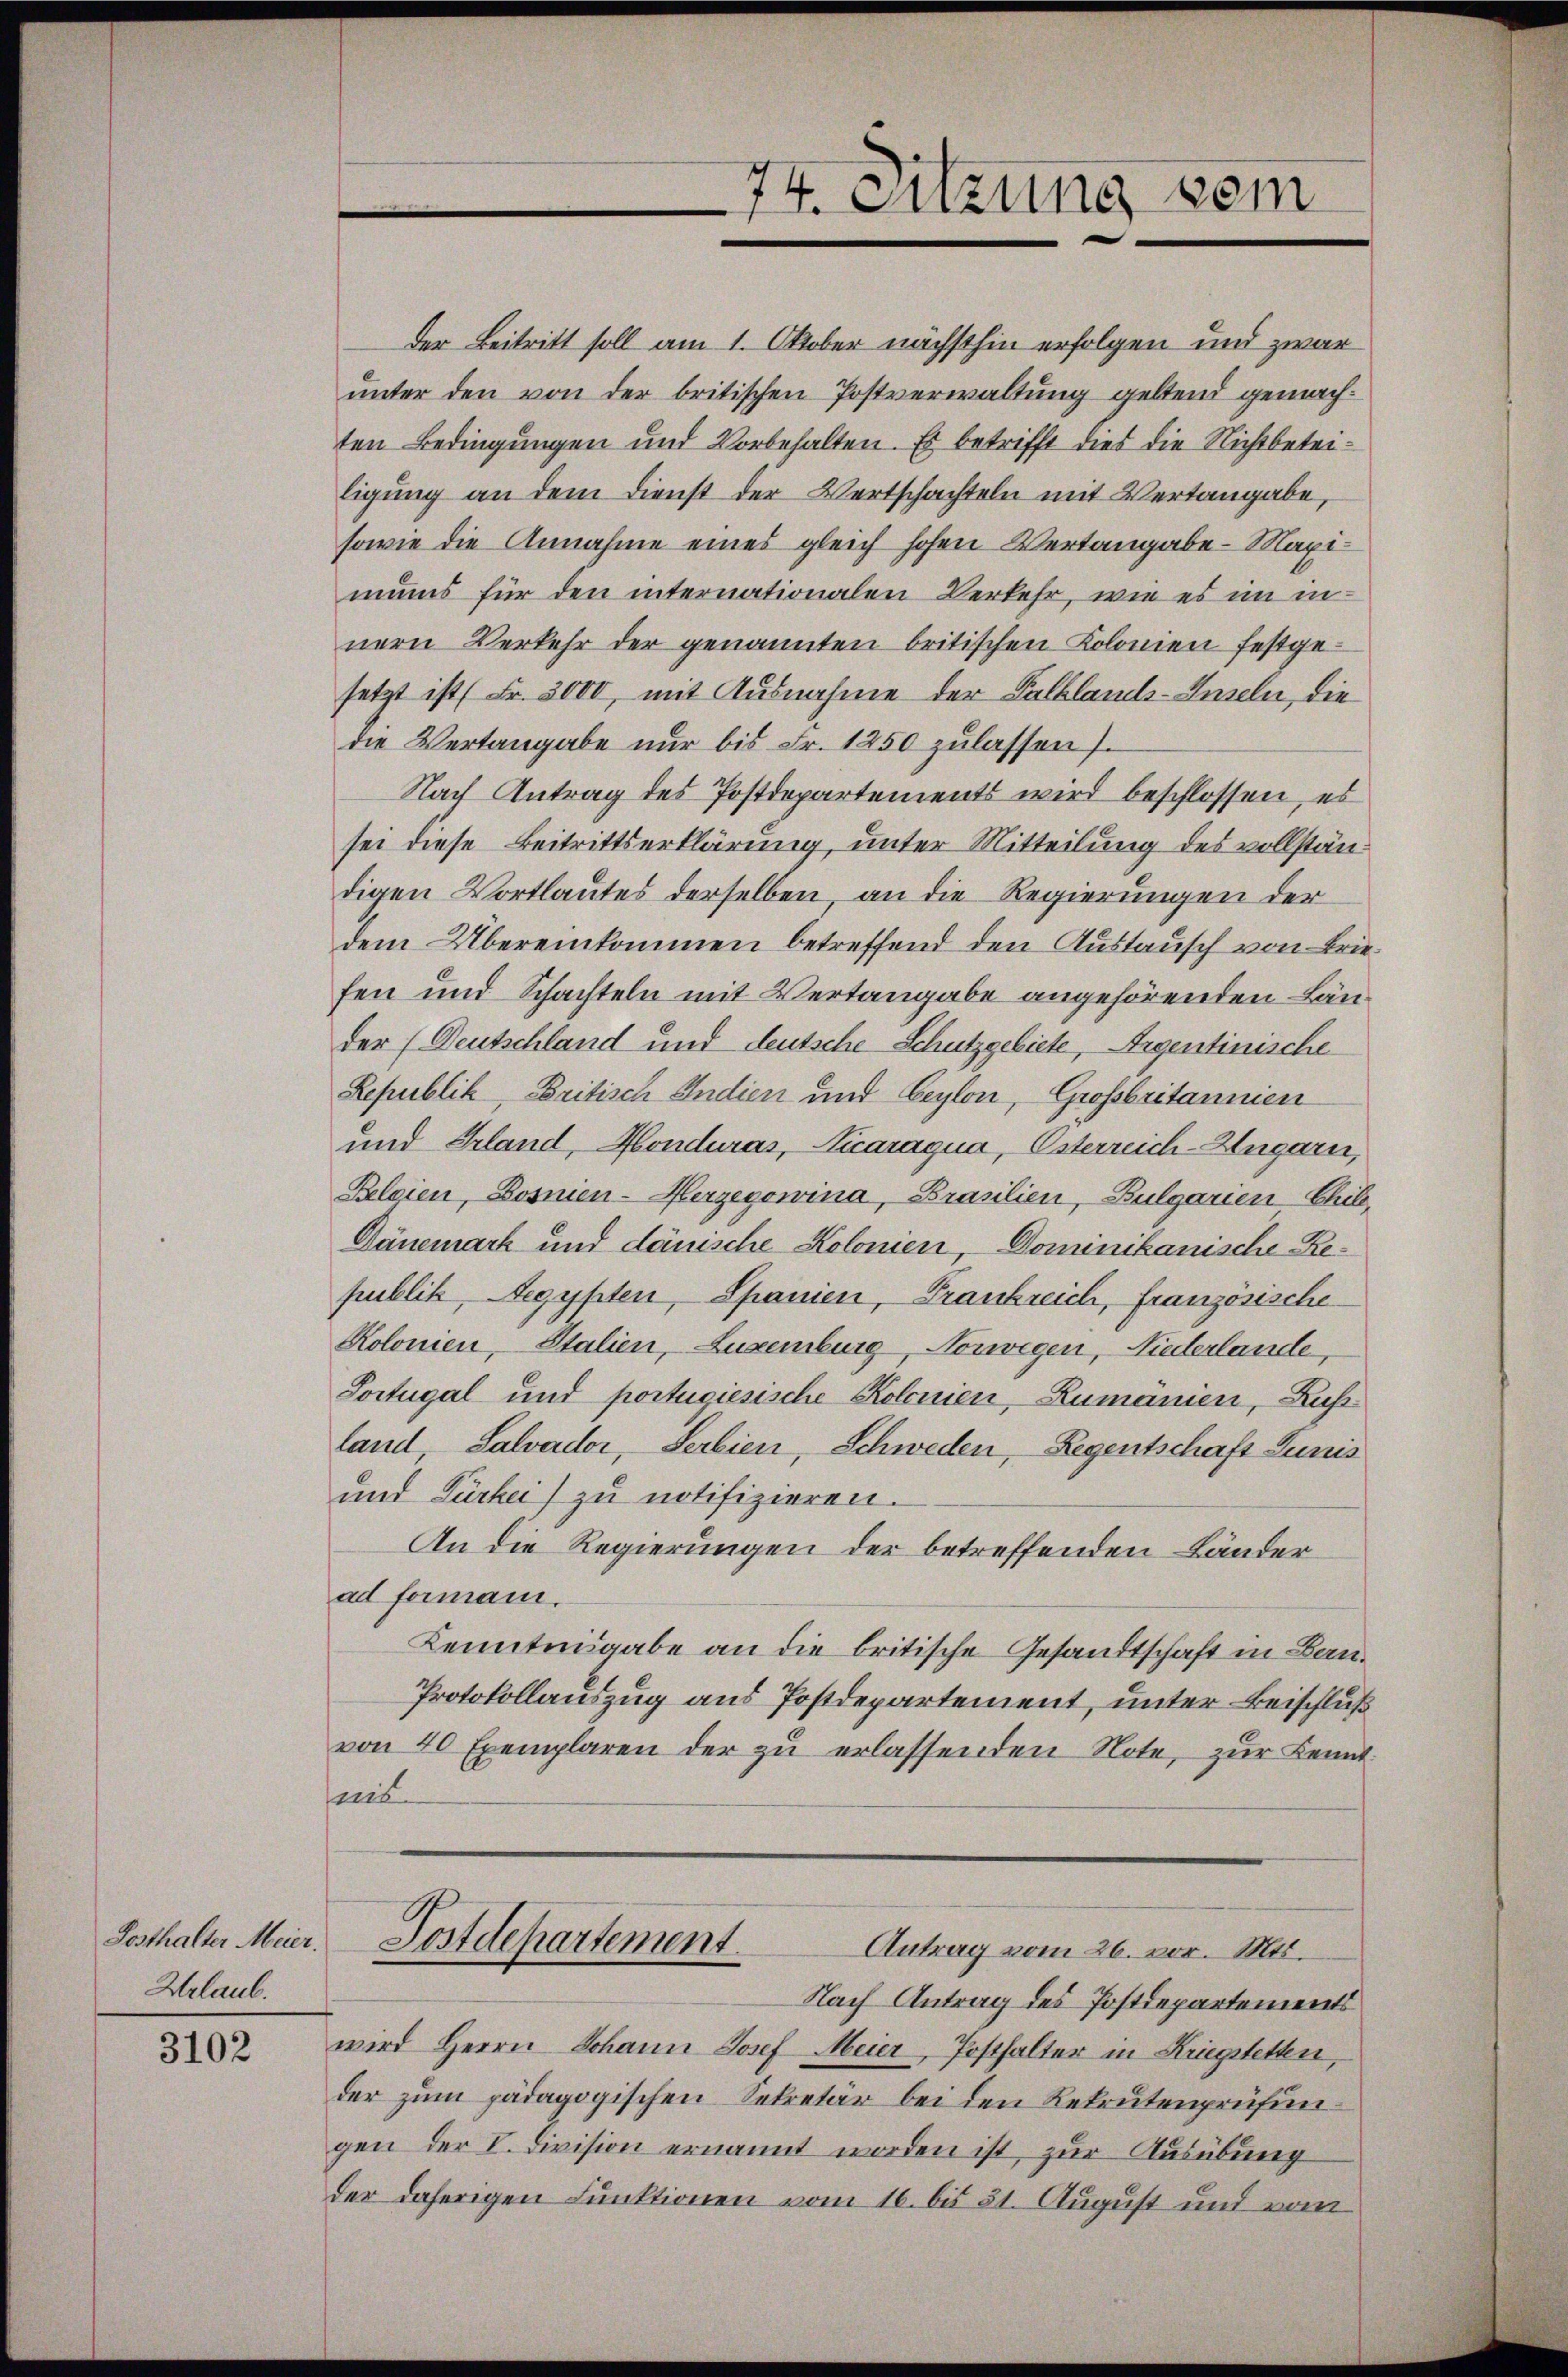
Posthalter Meier.
Urlaub.

3102

der Beitritt soll am 1. Oktober nächsthin erfolgen und zwar
unter den von der britischen Postverwaltung geltend gemachten Bedingungen und Vorbehalten. Es betrifft dies die Nichtbeteiligung an dem Dienst der Wertschachteln mit Vertangabe,
sowie die Annahme eines gleich hohen Vertangabe - Maximuns für den internationalen Verkehr, wie es im innern Verkehr der genannten britischen Kolonien festgesetzt ist Fr. 3000, mit Ausnahme der Salblands-Inseln, die
die Vertangabe nur bis Fr. 1250 zulassen).
Nach Antrag des Postdepartements wird beschlossen, es
sei diese Beitrittserklärung, unter Mitteilung des vollständigen Wortlautes derselben, an die Regierungen der
dem Übereinkommen betreffend den Austausch von Briefen und Schachteln mit Vertangabe angehörenden Länder (Deutschland und deutsche Schutzgebiete, Argentinische
Lepublik, Britisch Indien und Ceylon, Grossbritannien
und Erland, Honduras, Vicaragua, Osterreich-Ungarn,
Belgien, Bosnien-Herzegowina, Brasilien, Bulgarien-Chil,
Dänemark und dänische Kolonien, Dominikanische Republik, Aegypten, Spanien, Frankreich, französische
Kolonien, Stalien, Luxenburg, Norwegen, Niederlande,
Portugal und portugiesische Kolonien, Rumanien, Lus
land, Salvader, Serbien, Schweden, Regentschaft Lunis
und Türkei zu notifizieren.
An die Regierungen der betreffenden Länder
ad formani.
Kenntnisgabe an die britische Gesandtschaft in Bau¬
Protokollauszug aus Postdepartement, unter Beischluß
von 40 Exemplaren der zŭ erlassenden Note, zur Kennt
ais.
Postdepartement
Antrag vom 26. vor. Mts.
Nach Antrag des Postdepartements
wird Herrn Schann Josef Meier, Posthalter in Kriegstetten,
der zum pädagogischen Sekretär bei den Rekrutenprüfengen der V. Division ernannt worden ist, zur Ausübung
der daherigen Funktionen vom 16. bis 31. August und vom

74. Sitzung vom